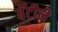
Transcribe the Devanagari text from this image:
बॅटीने